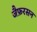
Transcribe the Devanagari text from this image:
जैफ़रसन